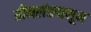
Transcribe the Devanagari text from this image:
ग्रीनलंडपासून